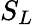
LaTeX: S_{L}